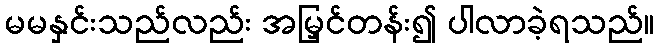
မမနှင်းသည်လည်း အမြှင်တန်း၍ ပါလာခဲ့ရသည်။